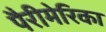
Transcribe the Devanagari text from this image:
पैरीमेरिका